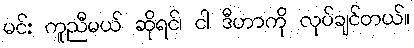
မင်း ကူညီမယ် ဆိုရင်၊ ငါ ဒီဟာကို လုပ်ချင်တယ်။